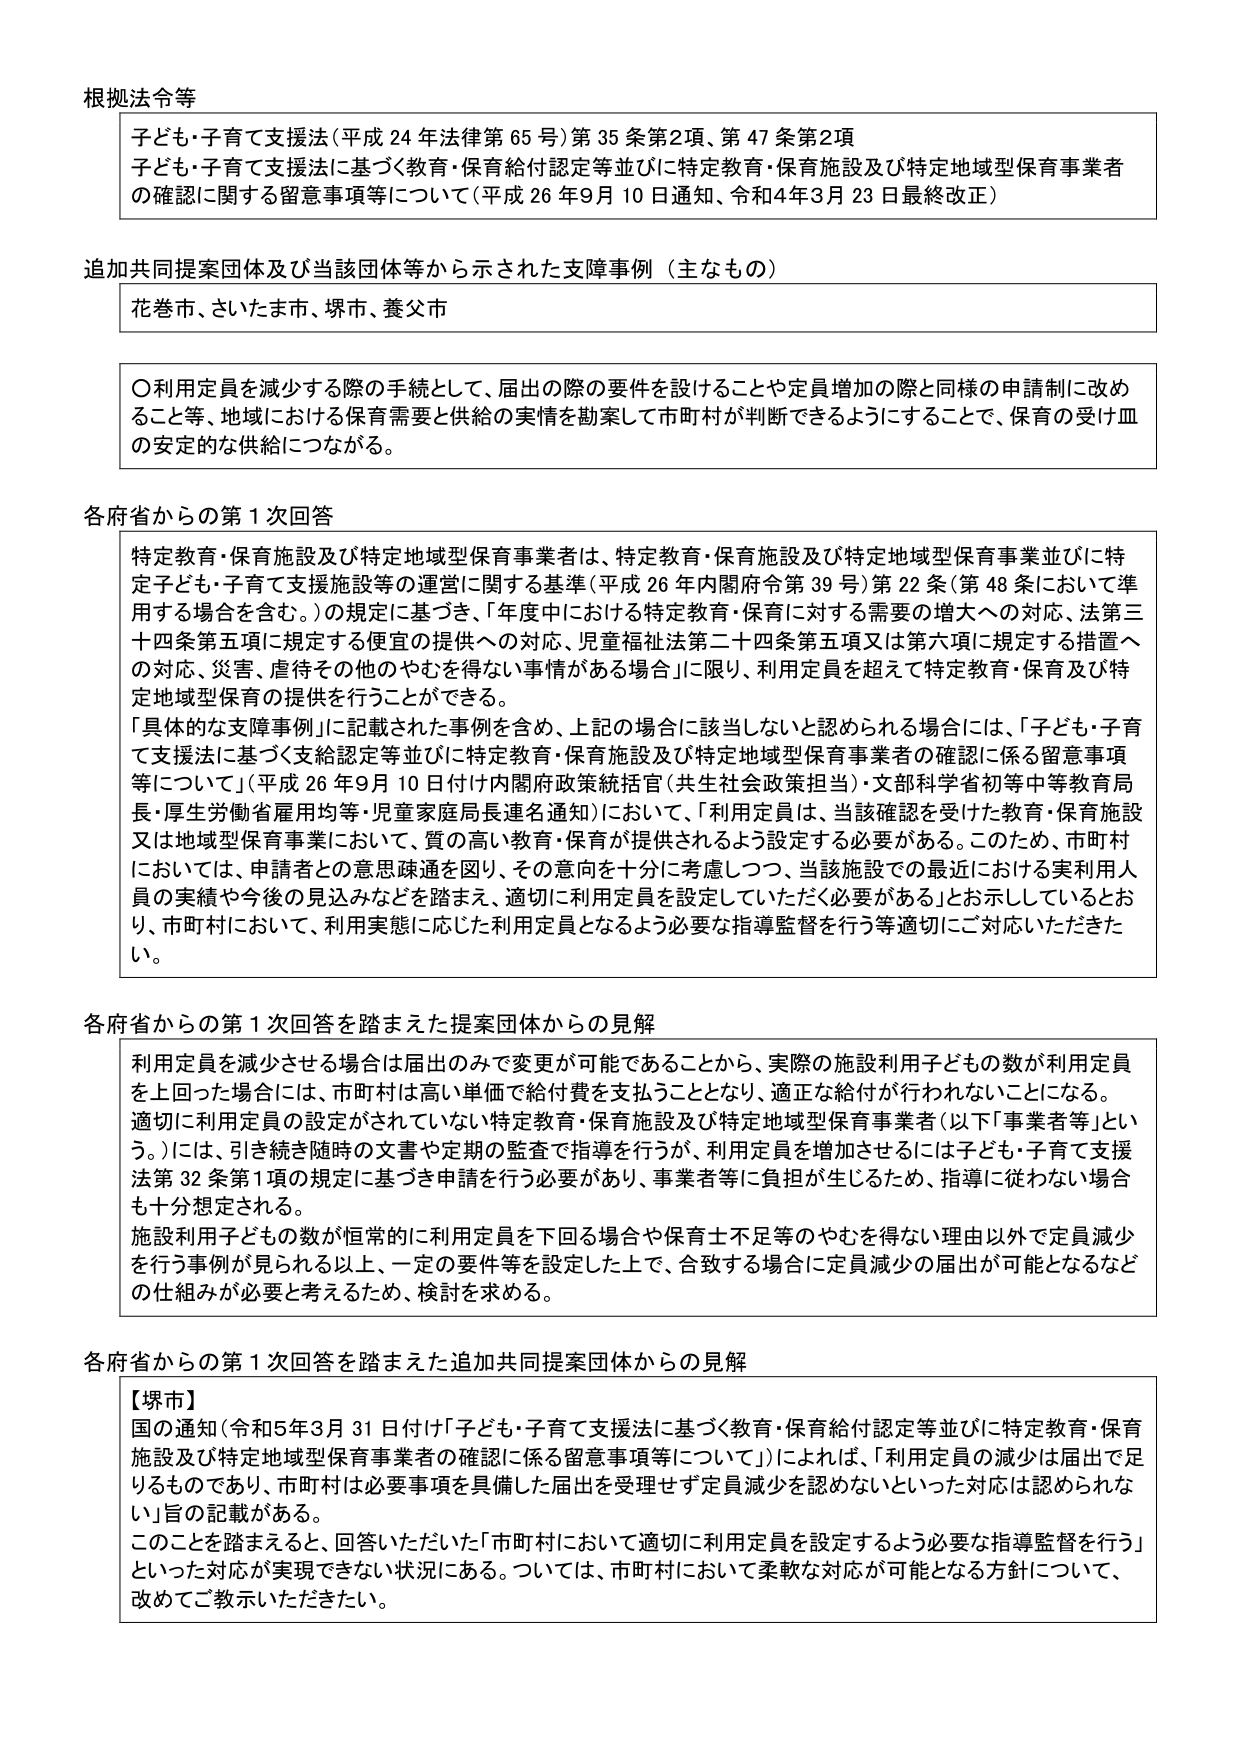
根拠法令等

子ども・子育て支援法（平成24年法律第65号）第35条第2項、第47条第2項
子ども・子育て支援法に基づく教育・保育給付認定等並びに特定教育・保育施設及び特定地域型保育事業者の確認に関する留意事項等について（平成26年9月10日通知、令和4年3月23日最終改正）

追加共同提案団体及び当該団体等から示された支援事例（主なもの）

花巻市、さいたま市、堺市、養父市

〇利用定員を減少する際の手続として、届出の際の要件を設けることや定員増加の際と同様の申請制に改めるこ等、地域における保育需要と供給の実情を勘案して市町村が判断できるようにすることで、保育の受け皿の安定的な供給につながる。

各府省からの第1次回答

特定教育・保育施設及び特定地域型保育事業者は、特定教育・保育施設及び特定地域型保育事業並びに特定子ども・子育て支援施設等の運営に関する基準（平成26年内閣府令第39号）第22条（第48条において準用する場合を含む。）の規定に基づき、「年度中における特定教育・保育に対する需要の増大への対応、法第三十四条第五項に規定する便宜の提供への対応、児童福祉法第二十四条第五項又は第六項に規定する措置への対応、災害、虐待その他のやむを得ない事情がある場合」に限り、利用定員を超えて特定教育・保育及び特定地域型保育の提供を行うことができる。

「具体的な支援事例」に記載された事例を含め、上記の場合に該当しないと認められる場合には、「子ども・子育て支援法に基づく支給認定等並びに特定教育・保育施設及び特定地域型保育事業者の確認に係る留意事項等について」（平成26年9月10日付け内閣府政策統括官（共生社会政策担当）・文部科学省初等中等教育局長・厚生労働省雇用均等・児童家庭局長連名通知）において、「利用定員は、当該確認を受けた教育・保育施設又は地域型保育事業において、質の高い教育・保育が提供されるよう設定する必要がある。このため、市町村においては、申請者との意思疎通を図り、その意向を十分に考慮しつつ、当該施設での最近における実利用人員の実績や今後の見込みなどを踏まえ、適切に利用定員を設定していただく必要がある」とお示ししているとおり、市町村において、利用実態に応じた利用定員となるよう必要な指導監督を行う等適切にご対応いただきたい。

各府省からの第1次回答を踏まえた提案団体からの見解

利用定員を減少させる場合は届出のみで変更が可能であることから、実際の施設利用子どもの数が利用定員を上回った場合には、市町村は高い単価で給付費を支払うこととなり、適正な給付が行われないことになる。適切に利用定員の設定がされていない特定教育・保育施設及び特定地域型保育事業者（以下「事業者等」という。）には、引き続き随時の文書や定期の監査で指導を行うが、利用定員を増加させるには子ども・子育て支援法第32条第1項の規定に基づき申請を行う必要があり、事業者等に負担が生じるため、指導に従わない場合も十分想定される。

施設利用子どもの数が恒常的に利用定員を下回る場合や保育士不足等のやむを得ない理由以外で定員減少を行う事例が見られる以上、一定の要件等を設定した上で、合致する場合に定員減少の届出が可能となるなどの仕組みが必要と考えるため、検討を求める。

各府省からの第1次回答を踏まえた追加共同提案団体からの見解

【堺市】
国の通知（令和5年3月31日付け「子ども・子育て支援法に基づく教育・保育給付認定等並びに特定教育・保育施設及び特定地域型保育事業者の確認に係る留意事項等について」）によれば、「利用定員の減少は届出で足りるものであり、市町村は必要事項を具備した届出を受理せず定員減少を認めないといった対応は認められない」旨の記載がある。
このことを踏まえると、回答いただいた「市町村において適切に利用定員を設定するよう必要な指導監督を行う」といった対応が実現できない状況にある。ついては、市町村において柔軟な対応が可能となる方針について、改めてご教示いただきたい。